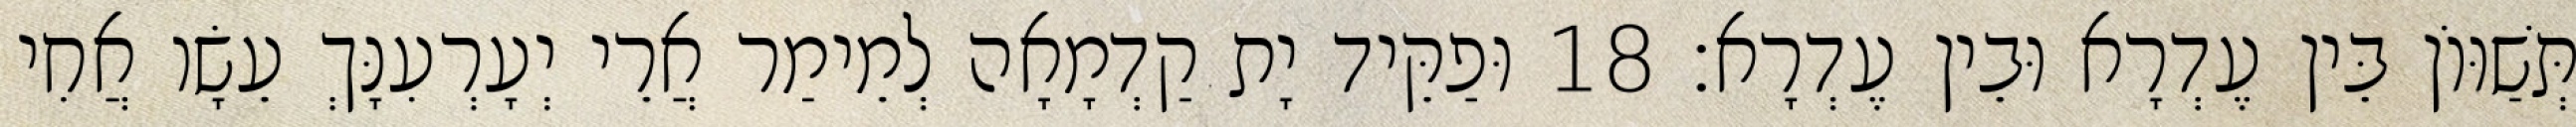
תְּשַׁוּוֹן בֵּין עֶדְרָא וּבֵין עֶדְרָא׃ 18 וּפַקֵּיד יָת קַדְמָאָה לְמֵימַר אֲרֵי יְעָרְעִנָּךְ עֵשָׂו אֲחִי